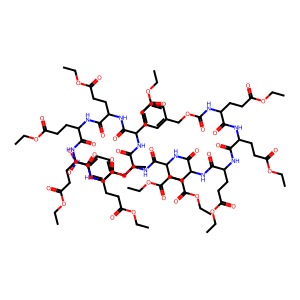
SMILES: CCOC(=O)CCC(NC(=O)OCc1ccccc1)C(=O)NC(CCC(=O)OCC)C(=O)NC(CCC(=O)OCC)C(=O)NC(CCC(=O)OCC)C(=O)NC(CCC(=O)OCC)C(=O)NC(Cc1ccc([N+](=O)[O-])cc1)C(=O)NC(CCC(=O)OCC)C(=O)NC(CCC(=O)OCC)C(=O)NC(CCC(=O)OCC)C(=O)NC(CCC(=O)OCC)C(=O)NC(CCC(=O)OCC)C(=O)OCC
Inhibits HIV replication: No